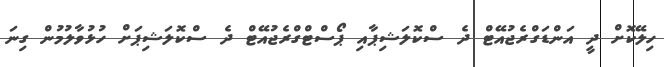
ހިލޭކޮށް ދީ އަންޑަގްރެޖުއޭޓް ދެ ސްކޮލަޝިޕާއި ޕޯސްޓްގްރެޖުއޭޓް ދެ ސްކޮލަޝިޕަށް ހުޅުވާލުމުން ގިނަ